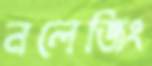
নলেজিং